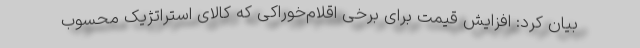
بیان کرد: افزایش قیمت برای برخی اقلام‌خوراکی که کالای استراتژیک محسوب